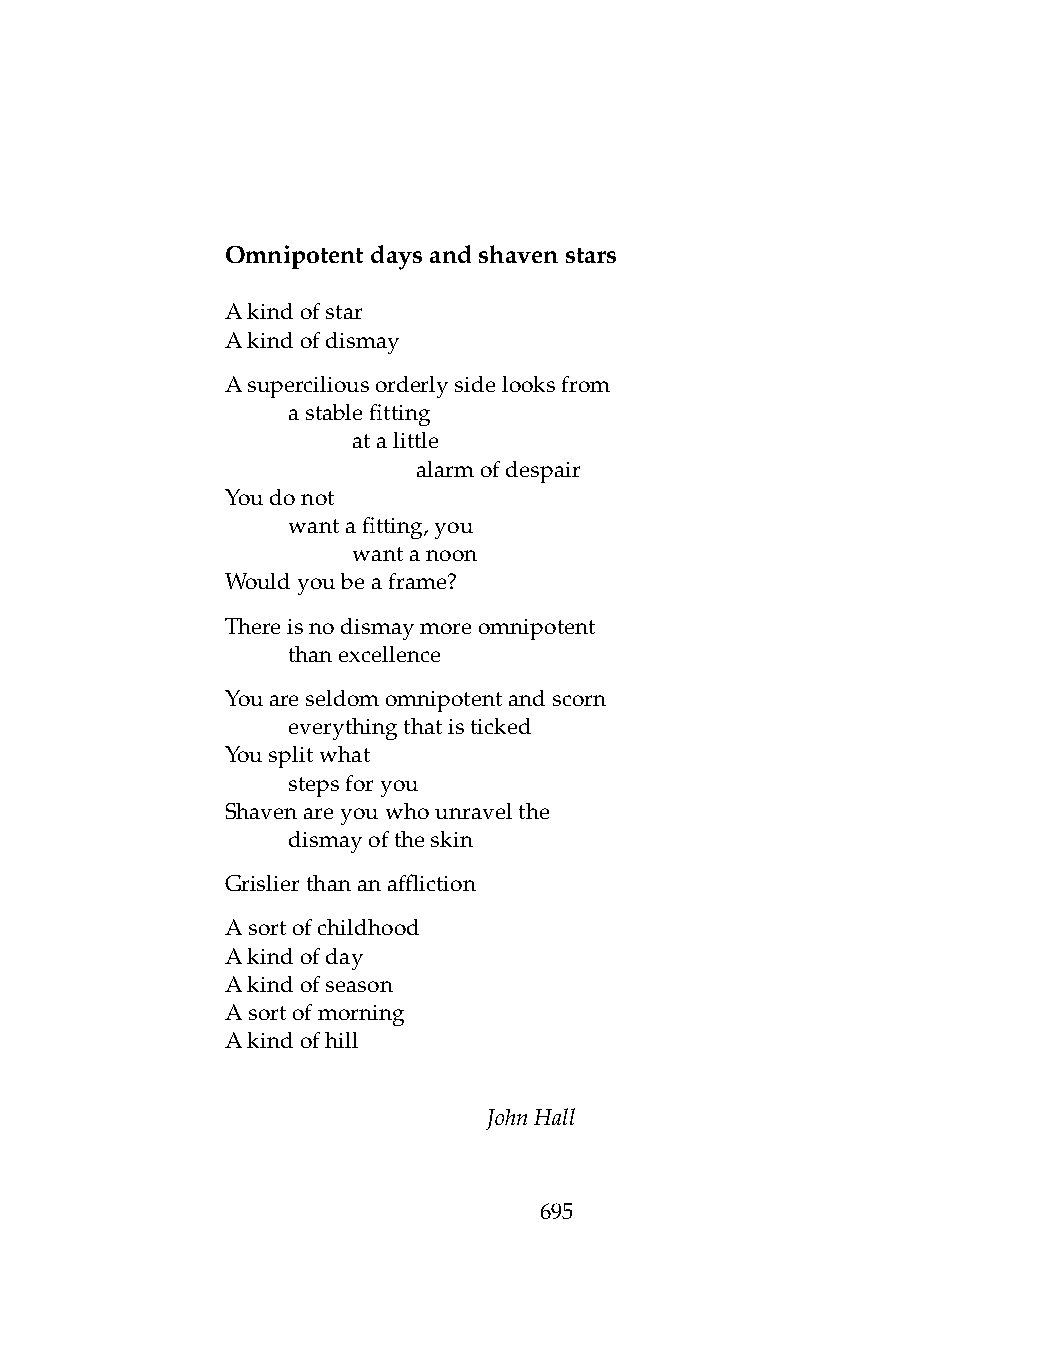
Omnipotentdaysandshavenstars
 Akindofstar
 Akindofdismay
 Asuperciliousorderlysidelooksfrom
 .   astablefitting
 .   .   atalittle
 .   .   .    alarmofdespair
 Youdonot
 .   wantafitting,you
 .   .   wantanoon
 Wouldyoubeaframe?
 Thereisnodismaymoreomnipotent
 .   thanexcellence
 Youareseldomomnipotentandscorn
 .   everythingthatisticked
 Yousplitwhat
 .   stepsforyou
 Shavenareyouwhounravelthe
 .   dismayoftheskin
 Grislierthananaffliction
 Asortofchildhood
 Akindofday
 Akindofseason
 Asortofmorning
 Akindofhill
 JohnHall
 695